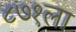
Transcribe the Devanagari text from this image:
८७१ला